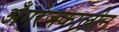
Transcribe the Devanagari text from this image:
अँगरेजकालीन